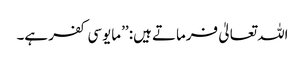
اللہ تعالیٰ فرماتے ہیں: ’’مایوسی کفر ہے۔